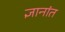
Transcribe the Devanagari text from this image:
ज्ञानांत